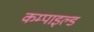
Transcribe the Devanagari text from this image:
कम्पाइल्ड